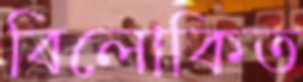
বিলোকিত